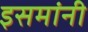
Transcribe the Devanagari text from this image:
इसमांनी